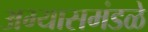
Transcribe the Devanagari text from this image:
अभ्यासमंडळे